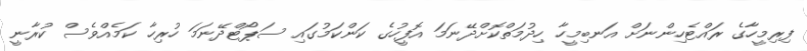
ފިރިމީހާގެ ރައްޓެހިންނަށް އަނބިމީހާ ހިދުމަތްކޮށްދޭނަމަ އޮފީހުގެ ކަންކަމުގައި ސަޕޯޓްދޭނަމަ ހުރިހާ ކަމެއްވެސް ކުރާނީ